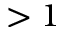
> 1